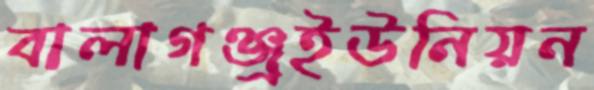
বালাগঞ্জ্রইউনিয়ন